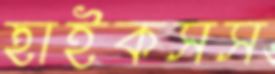
হাইকসস